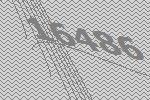
16486